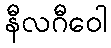
နီလဂီဝေါ